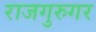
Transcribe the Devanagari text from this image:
राजगुरुगर